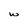
Character: w